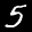
Label: 5